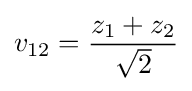
v_{12}={z_{1}+z_{2} \over {\sqrt {2}}}